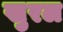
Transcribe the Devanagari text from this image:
खुरल